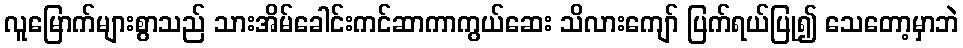
လူမြောက်များစွာသည် သားအိမ်ခေါင်းကင်ဆာကာကွယ်ဆေး သိလားကျော် ပြက်ရယ်ပြု၍ သေတော့မှာဘဲ